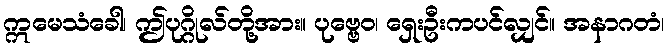
ဣမေသံခေါ၊ ဤပုဂ္ဂိုလ်တို့အား။ ပုဗ္ဗေဝ၊ ရှေးဦးကပင်လျှင်။ အနာဂတံ၊